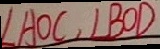
\angle A O C , \angle B O D